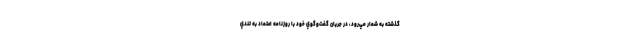
گذشته به شمار مي‌رود، در جريان گفت‌وگوي خود با روزنامه اعتماد به تندي